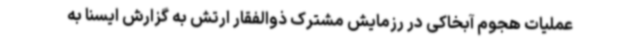
عملیات هجوم آبخاکی در رزمایش مشترک ذوالفقار ارتش به گزارش ایسنا به